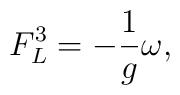
F_{L}^3 = -\frac{1}{g} \omega,